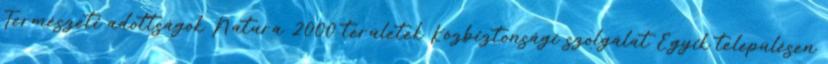
Természeti adottságok Natura 2000 területek Közbiztonsági szolgálat Egyik településen